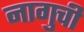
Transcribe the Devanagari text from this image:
नागुची